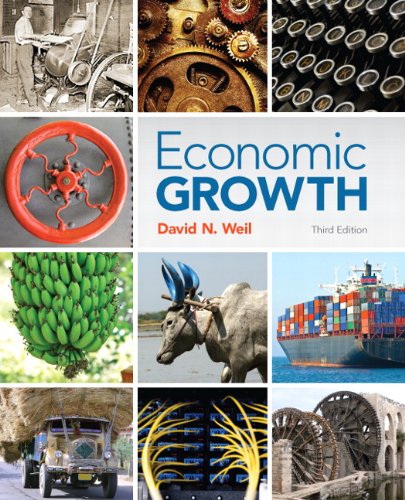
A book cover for Economic Growth (3rd Edition); David N. Weil; Business & Money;